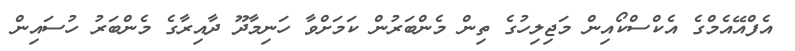
އެފްއޭއެމްގެ އެކްސްކޯއިން މަޖިލިހުގެ ތިން މެންބަރުން ކަމަށްވާ ހަނިމާދޫ ދާއިރާގެ މެންބަރު ހުސައިން